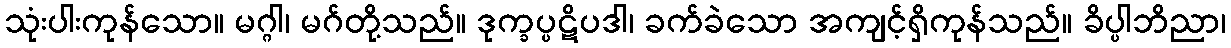
သုံးပါးကုန်သော။ မဂ္ဂါ၊ မဂ်တို့သည်။ ဒုက္ခပ္ပဋိပဒါ၊ ခက်ခဲသော အကျင့်ရှိကုန်သည်။ ခိပ္ပါဘိညာ၊